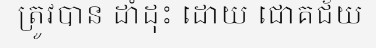
ត្រូវបាន ដាំដុះ ដោយ ជោគជ័យ